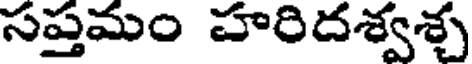
సప్తమం హరిదశ్వశ్చ